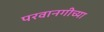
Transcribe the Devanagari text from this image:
परवानगीच्या